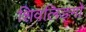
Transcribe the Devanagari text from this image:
शिवलिङ्गो